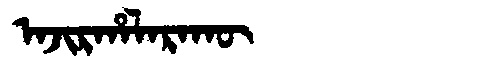
Manchu: ᠠᠵᡳᡵᡥᠠᠯᠠᡵᠠᡴᡡ
Romanization: AJIRHALARAKŪ